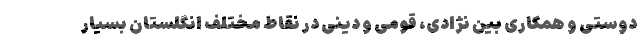
دوستی و همکاری بین نژادی، قومی و دینی در نقاط مختلف انگلستان بسیار